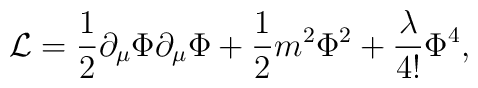
{\cal L}=\frac{1}{2} \partial_{\mu}\Phi \partial_{\mu} \Phi + \frac{1}{2}m^2 \Phi^2 + \frac{\lambda}{4!} \Phi^4,